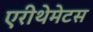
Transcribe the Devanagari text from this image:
एरीथेमेटस